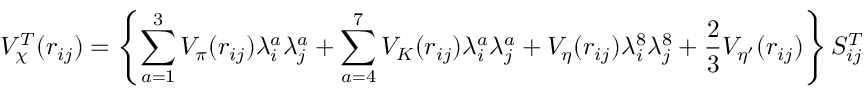
V _ { \chi } ^ { T } ( r _ { i j } ) = \left\{ \sum _ { a = 1 } ^ { 3 } V _ { \pi } ( r _ { i j } ) \lambda _ { i } ^ { a } \lambda _ { j } ^ { a } + \sum _ { a = 4 } ^ { 7 } V _ { K } ( r _ { i j } ) \lambda _ { i } ^ { a } \lambda _ { j } ^ { a } + V _ { \eta } ( r _ { i j } ) \lambda _ { i } ^ { 8 } \lambda _ { j } ^ { 8 } + \frac { 2 } { 3 } V _ { \eta ^ { \prime } } ( r _ { i j } ) \right\} S _ { i j } ^ { T }